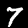
Digit: 7